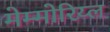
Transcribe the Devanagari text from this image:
मेम्मोरिय्ल